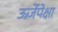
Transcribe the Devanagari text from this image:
ऊर्जेपेक्षा